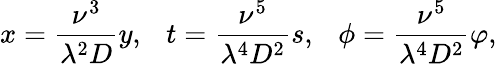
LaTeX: x=\frac{\nu^{3}}{\lambda^{2}D}y,\ \ \ t=\frac{\nu^{5}}{\lambda^{4}D^{2}}s,\ \ \ \phi=\frac{\nu^{5}}{\lambda^{4}D^{2}}\varphi,